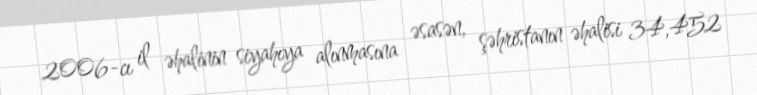
2006-cı il əhalinin siyahıya alınmasına əsasən, şəhristanın əhalisi 34,452